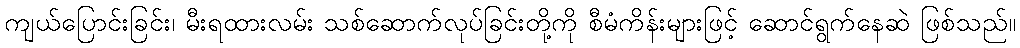
ကျယ်ပြောင်းခြင်း၊ မီးရထားလမ်း သစ်ဆောက်လုပ်ခြင်းတို့ကို စီမံကိန်းများဖြင့် ဆောင်ရွက်နေဆဲ ဖြစ်သည်။